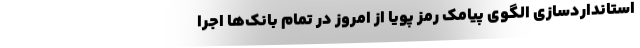
استانداردسازی الگوی پیامک رمز پویا از امروز در تمام بانک‌ها اجرا